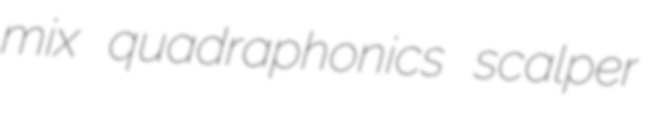
mix quadraphonics scalper